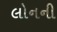
લોનની